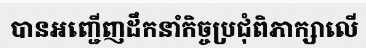
បានអញ្ជើញដឹកនាំកិច្ចប្រជុំពិភាក្សាលើ